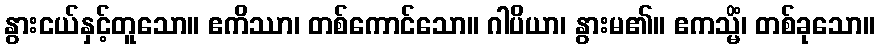
နွားငယ်နှင့်တူသော။ ဧကိဿာ၊ တစ်ကောင်သော။ ဂါပိယာ၊ နွားမ၏။ ဧကသ္မိံ၊ တစ်ခုသော။